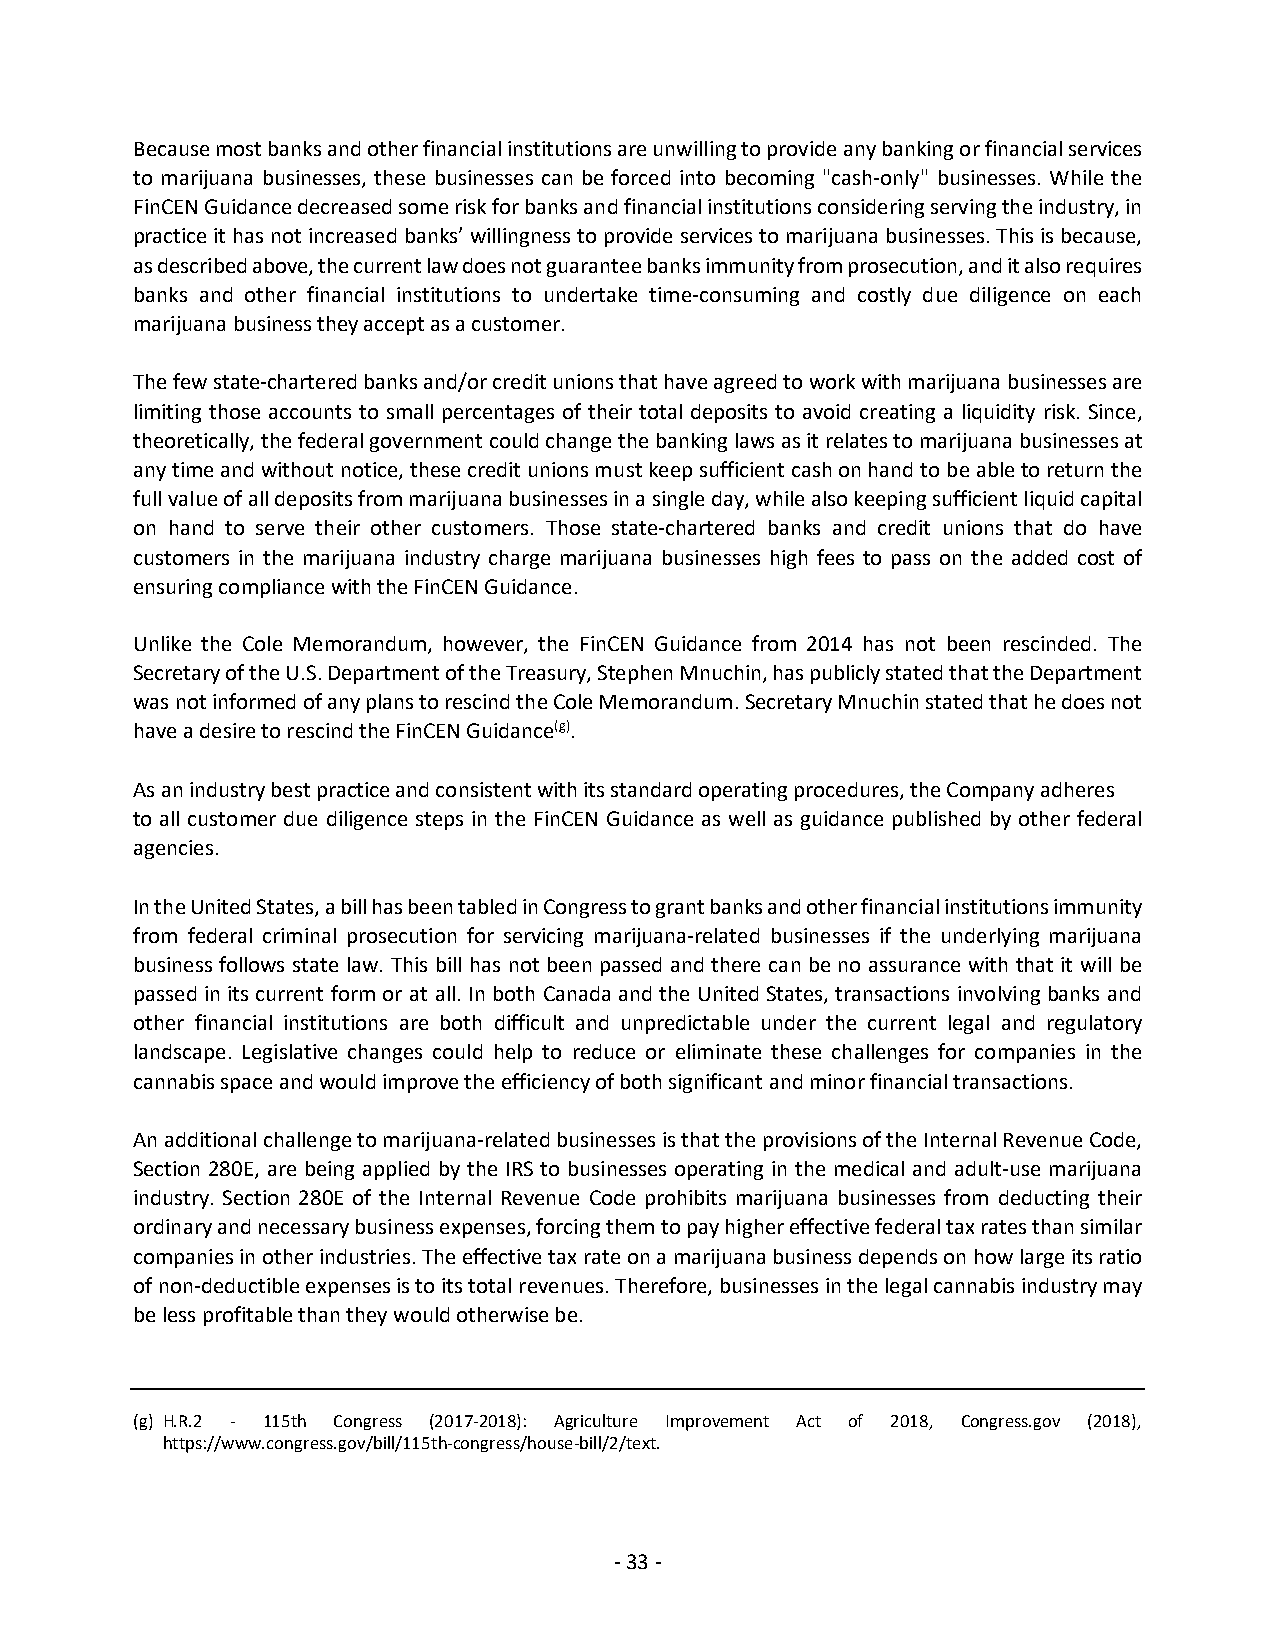
Because most banks and other financial institutions are unwilling to provide any banking or financial services
 to marijuana businesses, these businesses can be forced into becoming "cash-only" businesses. While the
 FinCEN Guidance decreased some risk for banks and financial institutions considering serving the industry, in
 practice it has not increased banks’ willingness to provide services to marijuana businesses. This is because,
 as described above, the current law does not guarantee banks immunity from prosecution, and it also requires
 banks and other financial institutions to undertake time-consuming and costly due diligence on each
 marijuana business they accept as a customer.
 The few state-chartered banks and/or credit unions that have agreed to work with marijuana businesses are
 limiting those accounts to small percentages of their total deposits to avoid creating a liquidity risk. Since,
 theoretically, the federal government could change the banking laws as it relates to marijuana businesses at
 any time and without notice, these credit unions must keep sufficient cash on hand to be able to return the
 full value of all deposits from marijuana businesses in a single day, while also keeping sufficient liquid capital
 on hand to serve their other customers. Those state-chartered banks and credit unions that do have
 customers in the marijuana industry charge marijuana businesses high fees to pass on the added cost of
 ensuring compliance with the FinCEN Guidance.
 Unlike the Cole Memorandum, however, the FinCEN Guidance from 2014 has not been rescinded. The
 Secretary of the U.S. Department of the Treasury, Stephen Mnuchin, has publicly stated that the Department
 was not informed of any plans to rescind the Cole Memorandum. Secretary Mnuchin stated that he does not
 have a desire to rescind the FinCEN Guidance(g).
 As an industry best practice and consistent with its standard operating procedures, the Company adheres
 to all customer due diligence steps in the FinCEN Guidance as well as guidance published by other federal
 agencies.
 In the United States, a bill has been tabled in Congress to grant banks and other financial institutions immunity
 from federal criminal prosecution for servicing marijuana-related businesses if the underlying marijuana
 business follows state law. This bill has not been passed and there can be no assurance with that it will be
 passed in its current form or at all. In both Canada and the United States, transactions involving banks and
 other financial institutions are both difficult and unpredictable under the current legal and regulatory
 landscape. Legislative changes could help to reduce or eliminate these challenges for companies in the
 cannabis space and would improve the efficiency of both significant and minor financial transactions.
 An additional challenge to marijuana-related businesses is that the provisions of the Internal Revenue Code,
 Section 280E, are being applied by the IRS to businesses operating in the medical and adult-use marijuana
 industry. Section 280E of the Internal Revenue Code prohibits marijuana businesses from deducting their
 ordinary and necessary business expenses, forcing them to pay higher effective federal tax rates than similar
 companies in other industries. The effective tax rate on a marijuana business depends on how large its ratio
 of non-deductible expenses is to its total revenues. Therefore, businesses in the legal cannabis industry may
 be less profitable than they would otherwise be.
 (g) H.R.2 - 115th Congress (2017-2018): Agriculture Improvement Act of 2018, Congress.gov (2018),
 https://www.congress.gov/bill/115th-congress/house-bill/2/text.
 - 33 -